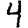
Digit: 4